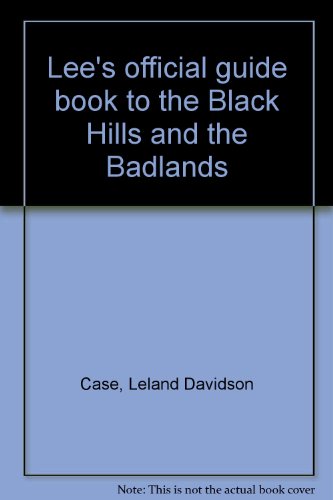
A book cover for Lee's official guide book to the Black Hills and the Badlands; Leland Davidson Case; Travel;